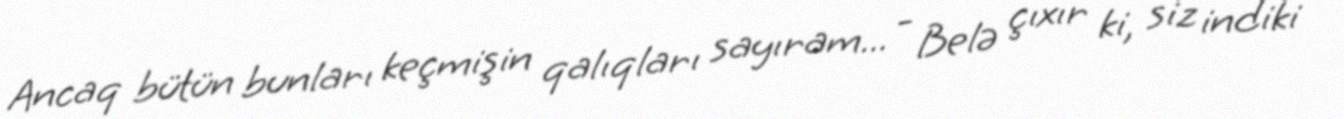
Ancaq bütün bunları keçmişin qalıqları sayıram... - Belə çıxır ki, siz indiki